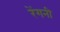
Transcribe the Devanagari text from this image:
रेंगनी